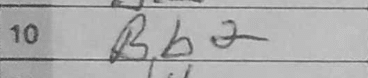
Transcription: Bb2